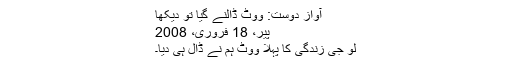
آوازِ دوست: ووٹ ڈالنے گیا تو دیکھا
پیر، 18 فروری، 2008
لو جی زندگی کا پہلا ووٹ ہم نے ڈال ہی دیا۔